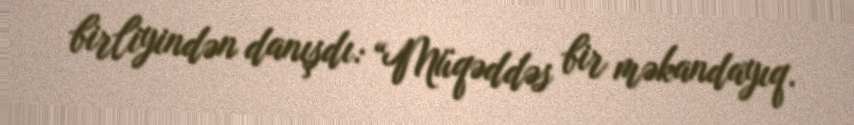
birliyindən danışdı: “Müqəddəs bir məkandayıq.